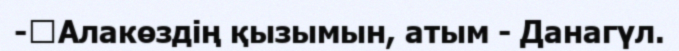
-	Алакөздің қызымын, атым - Данагүл.